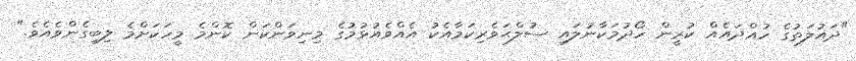
"ދައުލަތުގެ ހުއްދައެއް ކުރީން ހޯދުމަކާނުލައި ސުލްޙަވެރިކަމާއެކު އެއްވެއުޅުމުގެ މިނިވަންކަން ކޮންމެ މީހަކަށްމެ ލިބިގެންވެއެވެ."